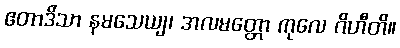
ဧတာဒိသာ နမသေယျ၊ အလမတ္တော ကုလေ ဂိဟီတိ။